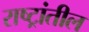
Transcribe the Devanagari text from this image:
राष्ट्रांतील